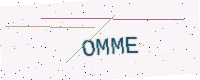
Text: OMME